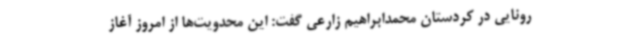
رونایی در کردستان محمدابراهیم زارعی گفت: این محدویت‌ها از امروز آغاز